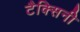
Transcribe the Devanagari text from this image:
टैक्सिनी